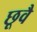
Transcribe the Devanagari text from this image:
छूवै